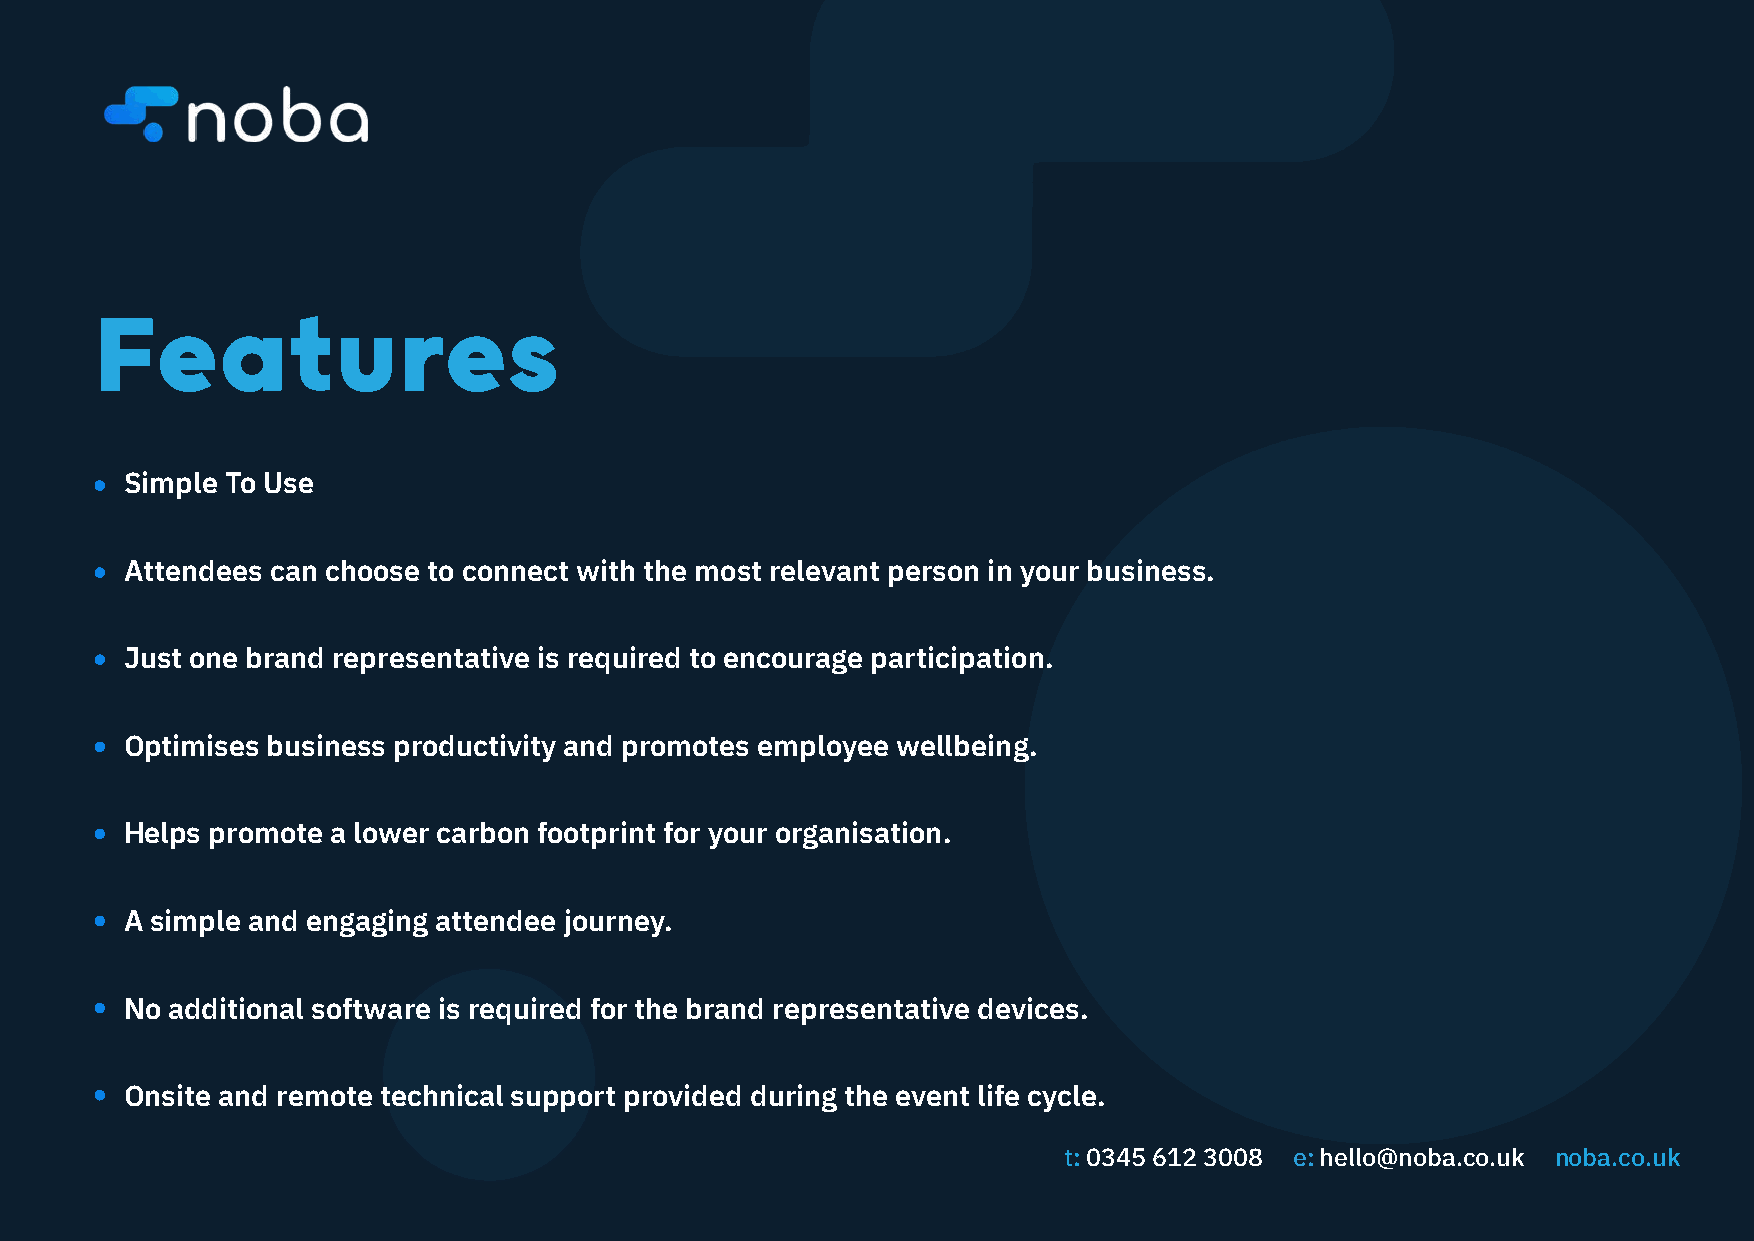
Features
 Simple To Use
 Attendees can choose to connect with the most relevant person in your business.
 Just one brand representative is required to encourage participation.
 Optimises business productivity and promotes employee wellbeing.
 Helps promote a lower carbon footprint for your organisation.
 A simple and engaging attendee journey.
 No additional software is required for the brand representative devices.
 Onsite and remote technical support provided during the event life cycle.
 tt:: 00334455 661122 33000088 ee:: hheelllloo@@nnoobbaa..ccoo..uukk nnoobbaa..ccoo..uukk